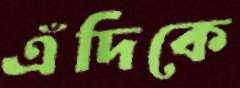
এঁদিকে